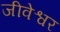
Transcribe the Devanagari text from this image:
जीवेश्वर